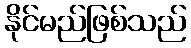
နိုင်မည်ဖြစ်သည်